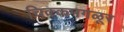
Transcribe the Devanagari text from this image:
चिक्कमगळूर